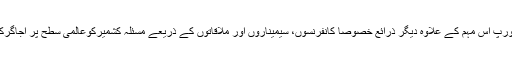
کشمیرکونسل یورپ اس مہم کے علاوہ دیگر ذرائع خصوصاً کانفرنسوں، سیمیناروں اور ملاقاتوں کے ذریعے مسئلہ کشمیرکوعالمی سطح پر اجاگرکرتی رہتی ہے۔